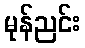
မုန်ညင်း